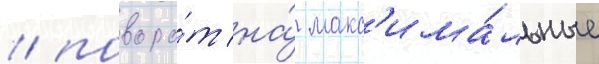
/ поворо́т на́ макс'има́льные